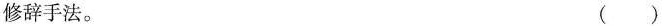
修辞手法。 ( )